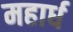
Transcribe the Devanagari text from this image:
महार्ध